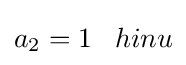
a_{2}=1\;\;\;hinu